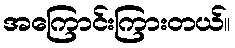
အကြောင်းကြားတယ်။